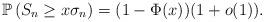
LaTeX: \begin{align*}\mathbb{P}\left( S_{n}\geq x\sigma_{n}\right) =(1-\Phi(x))(1+o(1)).\end{align*}